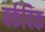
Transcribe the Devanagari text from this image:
बर्कविक